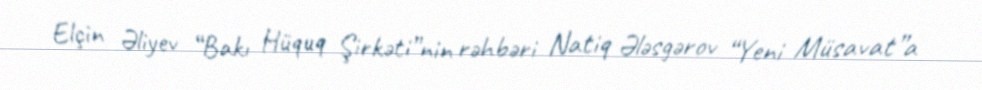
Elçin Əliyev “Bakı Hüquq Şirkəti”nin rəhbəri Natiq Ələsgərov “Yeni Müsavat”a